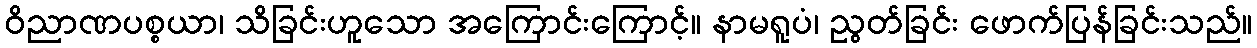
ဝိညာဏပစ္စယာ၊ သိခြင်းဟူသော အကြောင်းကြောင့်။ နာမရူပံ၊ ညွတ်ခြင်း ဖောက်ပြန်ခြင်းသည်။